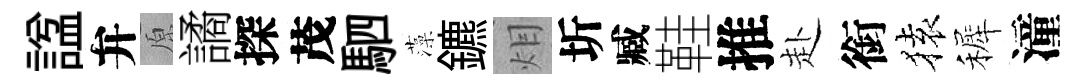
諡弁原譎探茂駟藻鑣𤇆圻臧鞋推赴銜𫞤裤潼